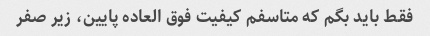
فقط باید بگم که متاسفم کیفیت فوق العاده پایین، زیر صفر